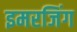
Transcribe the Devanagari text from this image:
इमरजिंग